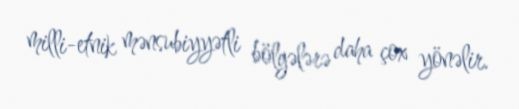
milli-etnik mənsubiyyətli bölgələrə daha çox yönəlir.